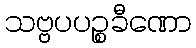
သဗ္ဗပပဉ္စခီဏော